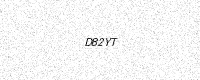
Text: D82YT